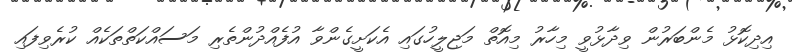
އިދިކޮޅު މެންބަރުން ވިދާޅުވީ މިހާރު މިއޮތް މަޖިލީހުގައި އެކަށީގެންވާ އުފެއްދުންތެރި މަސައްކަތްތަކެއް ކުރެވިފައި